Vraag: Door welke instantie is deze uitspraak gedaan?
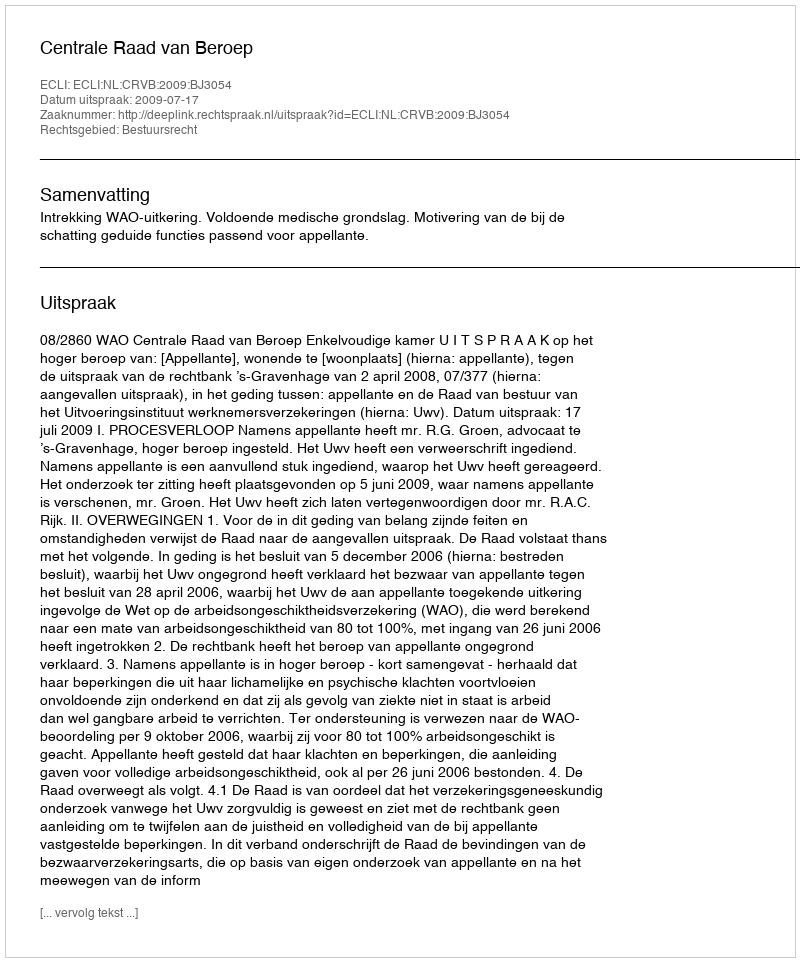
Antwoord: Centrale Raad van Beroep